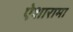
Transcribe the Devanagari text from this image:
ऐशारामा